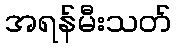
အရန်မီးသတ်